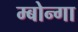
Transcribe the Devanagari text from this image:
म्बोन्गा